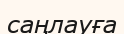
саңлауға